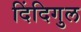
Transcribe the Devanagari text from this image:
दिंदिगुल